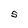
Character: S